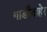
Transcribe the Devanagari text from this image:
गाडीबाहेर